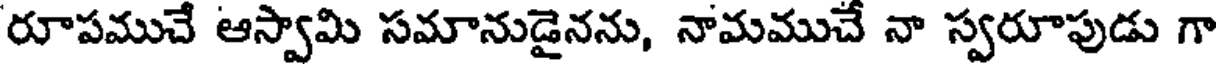
రూపముచే ఆస్వామి సమానుడైనను, నామముచే నా స్వరూపుడు గా